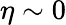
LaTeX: \eta\sim 0